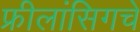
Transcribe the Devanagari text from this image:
फ्रीलांसिगचे